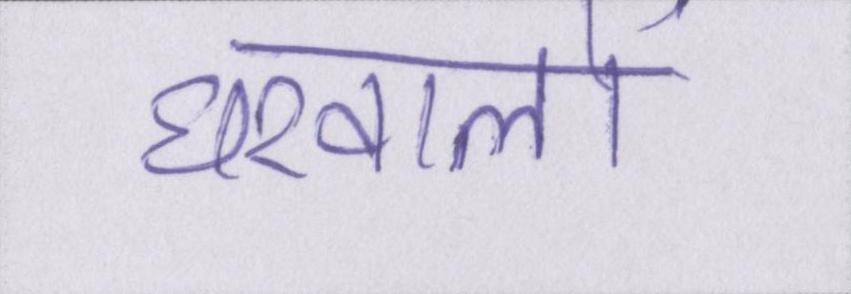
घरवालों